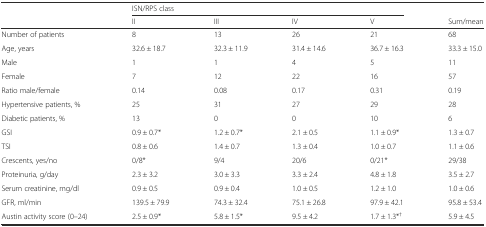
|  | <COLSPAN=4> ISN/RPS class |  |
 |  | II | III | IV | V | Sum/mean |
 | --- | --- | --- | --- | --- | --- |
 | Number of patients | 8 | 13 | 26 | 21 | 68 |
 | Age, years | 32.6 ± 18.7 | 32.3 ± 11.9 | 31.4 ± 14.6 | 36.7 ± 16.3 | 33.3 ± 15.0 |
 | Male | 1 | 1 | 4 | 5 | 11 |
 | Female | 7 | 12 | 22 | 16 | 57 |
 | Ratio male/female | 0.14 | 0.08 | 0.17 | 0.31 | 0.19 |
 | Hypertensive patients, % | 25 | 31 | 27 | 29 | 28 |
 | Diabetic patients, % | 13 | 0 | 0 | 10 | 6 |
 | GSI | 0.9 ± 0.7* | 1.2 ± 0.7* | 2.1 ± 0.5 | 1.1 ± 0.9* | 1.3 ± 0.7 |
 | TSI | 0.8 ± 0.6 | 1.4 ± 0.7 | 1.3 ± 0.4 | 1.0 ± 0.7 | 1.1 ± 0.6 |
 | Crescents, yes/no | 0/8* | 9/4 | 20/6 | 0/21* | 29/38 |
 | Proteinuria, g/day | 2.3 ± 3.2 | 3.0 ± 3.3 | 3.3 ± 2.4 | 4.8 ± 1.8 | 3.5 ± 2.7 |
 | Serum creatinine, mg/dl | 0.9 ± 0.5 | 0.9 ± 0.4 | 1.0 ± 0.5 | 1.2 ± 1.0 | 1.0 ± 0.6 |
 | GFR, ml/min | 139.5 ± 79.9 | 74.3 ± 32.4 | 75.1 ± 26.8 | 97.9 ± 42.1 | 95.8 ± 53.4 |
 | Austin activity score (0–24) | 2.5 ± 0.9* | 5.8 ± 1.5* | 9.5 ± 4.2 | 1.7 ± 1.3*† | 5.9 ± 4.5 |